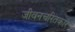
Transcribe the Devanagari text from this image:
जीवनचरितकार